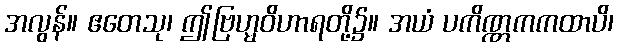
အလွန်။ ဧတေသု၊ ဤဗြဟ္မဝိဟာရတို့၌။ အယံ ပကိဏ္ဏကကထာပိ၊